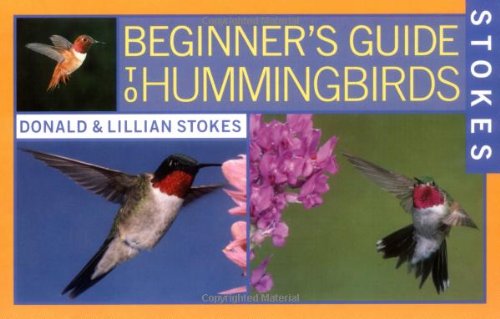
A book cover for Stokes Beginner's Guide to Hummingbirds; Donald Stokes; Science & Math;